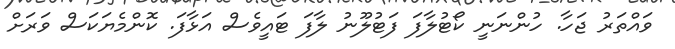
ވައްތަރު ޖަހާ. ހުންނަނީ ކޯޓުލާފަ ފަޓުލޫނު ލާފަ ޓައީވެސް އަޅާފަ. ކޮންމެޔަކަސް ވަރަށް